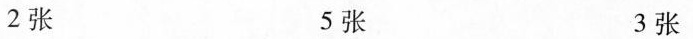
2张 5张 3张